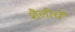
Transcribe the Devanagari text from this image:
शैलीचें